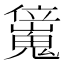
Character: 𠑖